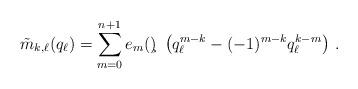
LaTeX: \begin{align*} \tilde{m}_{k,\ell}(q_\ell) = \sum_{m=0}^{n+1} e_m(\c)\ \left( q_\ell^{m-k}-(-1)^{m-k}q_\ell^{k-m}\right)\,.\end{align*}